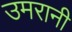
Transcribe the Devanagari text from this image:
उमरानी